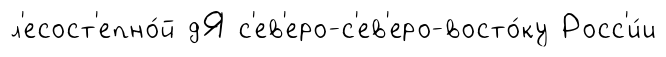
л'есост'епно́й дЯ с'ев'еро-с'ев'еро-восто́ку Росс'и́и